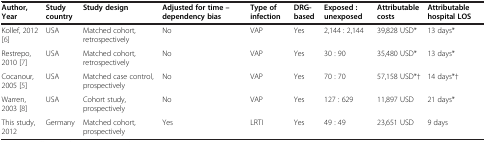
<table><thead><tr><td><b>Author, Year</b></td><td><b>Study country</b></td><td><b>Study design</b></td><td><b>Adjusted for time – dependency bias</b></td><td><b>Type of infection</b></td><td><b>DRG-based</b></td><td><b>Exposed : unexposed</b></td><td><b>Attributable costs</b></td><td><b>Attributable hospital LOS</b></td></tr></thead><tbody><tr><td>Kollef, 2012 [6]</td><td>USA</td><td>Matched cohort, retrospectively</td><td>No</td><td>VAP</td><td>Yes</td><td>2,144 : 2,144</td><td>39,828 USD*</td><td>13 days*</td></tr><tr><td>Restrepo, 2010 [7]</td><td>USA</td><td>Matched cohort, retrospectively</td><td>No</td><td>VAP</td><td>Yes</td><td>30 : 90</td><td>35,480 USD*</td><td>13 days*</td></tr><tr><td>Cocanour, 2005 [5]</td><td>USA</td><td>Matched case control, prospectively</td><td>No</td><td>VAP</td><td>Yes</td><td>70 : 70</td><td>57,158 USD*†</td><td>14 days*†</td></tr><tr><td>Warren, 2003 [8]</td><td>USA</td><td>Cohort study, prospectively</td><td>No</td><td>VAP</td><td>Yes</td><td>127 : 629</td><td>11,897 USD</td><td>21 days*</td></tr><tr><td>This study, 2012</td><td>Germany</td><td>Matched cohort, prospectively</td><td>Yes</td><td>LRTI</td><td>Yes</td><td>49 : 49</td><td>23,651 USD</td><td>9 days</td></tr></tbody></table>